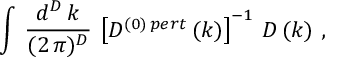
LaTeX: \int \, \frac { d ^ { D } \, k } { ( 2 \, \pi ) ^ { D } } \, \left[ D ^ { ( 0 ) \, p e r t } \, ( k ) \right] ^ { - 1 } \, D \, ( k ) \, \, ,